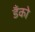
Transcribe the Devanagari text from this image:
डँको